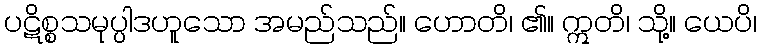
ပဋိစ္စသမုပ္ပါဒဟူသော အမည်သည်။ ဟောတိ၊ ၏။ ဣတိ၊ သို့။ ယေပိ၊